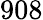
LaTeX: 908